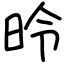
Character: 昤